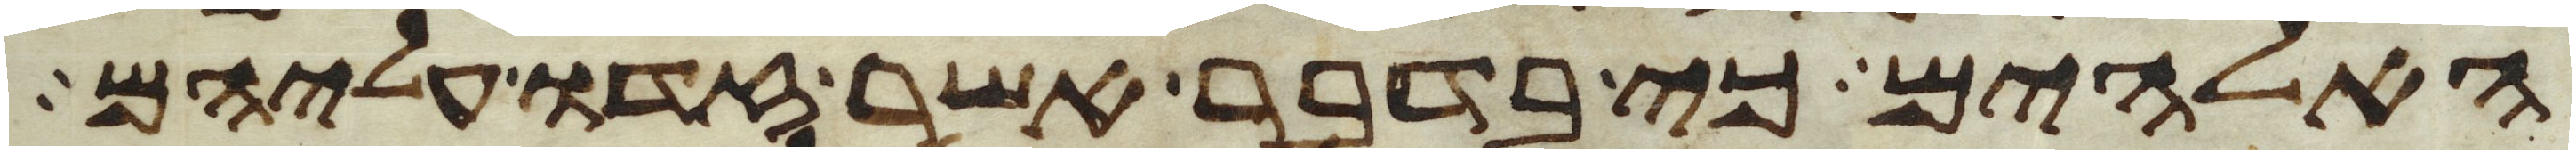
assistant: האלהים כי בדבר אשר זדו עליהם